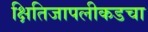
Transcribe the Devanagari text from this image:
क्षितिजापलीकडचा